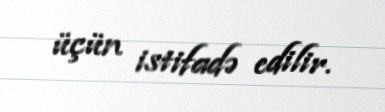
üçün istifadə edilir.